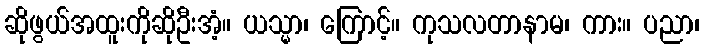
ဆိုဖွယ်အထူးကိုဆိုဦးအံ့။ ယသ္မာ၊ ကြောင့်။ ကုသလတာနာမ၊ ကား။ ပညာ၊